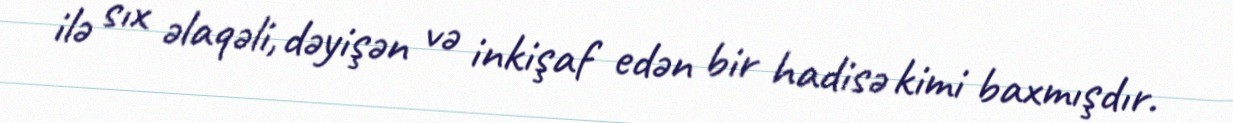
ilə sıx əlaqəli, dəyişən və inkişaf edən bir hadisə kimi baxmışdır.